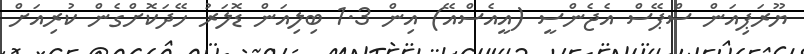
ޔޫރަޕިއަން ސްޕޭސް އެޖެންސީ (އީއެސްއޭ) އިން 1.3 ބިލިއަން ޑޮލަރު ހޭދަކޮށްގެން ކުރިއަށް